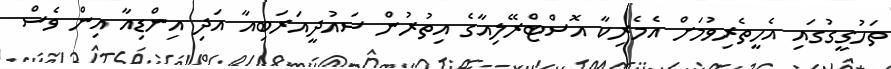
ތަހުގީގުގައި އެހީތެރިވުމަށް އެމެރިކާ އޮސްޓްރޭލިއާގެ އިތުރުން ސައުދީއަރަބިއާ އަދި އިންޑިއާ އިން ވެސް